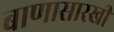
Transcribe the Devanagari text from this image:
बाणासारखी